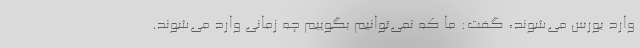
وارد بورس می‌شوند، گفت: ما که نمی‌توانیم بگوییم چه زمانی وارد می‌شوند.